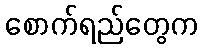
စောက်ရည်တွေက